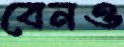
বেনও